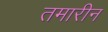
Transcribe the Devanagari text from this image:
तमारीन